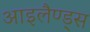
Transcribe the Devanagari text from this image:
आइलैण्ड्स